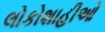
લોકોશાહીઓ